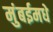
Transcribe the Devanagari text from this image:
मुंबईमधे